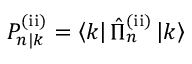
P _ { n | k } ^ { \mathrm { ( i i ) } } = \left\langle k \right| \hat { \Pi } _ { n } ^ { \mathrm { ( i i ) } } \left| k \right\rangle